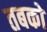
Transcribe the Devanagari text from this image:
तबको